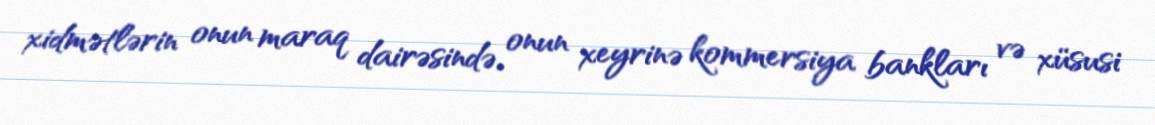
xidmətlərin onun maraq dairəsində, onun xeyrinə kommersiya bankları və xüsusi